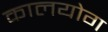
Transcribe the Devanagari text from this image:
कालयोग